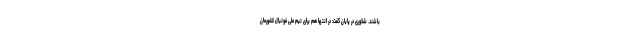
باشند. شکوری در پایان گفت: در انتها هم برای تیم ملی فوتبال کشورمان